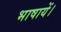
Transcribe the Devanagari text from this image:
भाषायें।